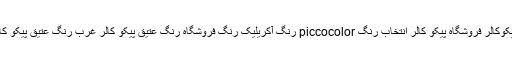
رنگ پیکو کالر پیکوکالر فروشگاه پیکو کالر انتخاب رنگ piccocolor رنگ آکریلیک رنگ فروشگاه رنگ عتیق پیکو کالر غرب رنگ عتیق پیکو کالر فروشگاه رنگ